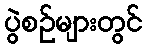
ပွဲစဉ်များတွင်